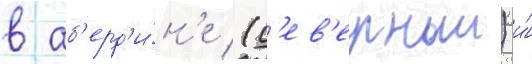
в аб'ерд'и́н'е (с'ев'ерныи) и́